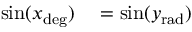
\begin{array} { r l } { \sin ( x _ { \mathrm { d e g } } ) } & { { } = \sin ( y _ { \mathrm { r a d } } ) } \end{array}